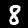
Digit: 8